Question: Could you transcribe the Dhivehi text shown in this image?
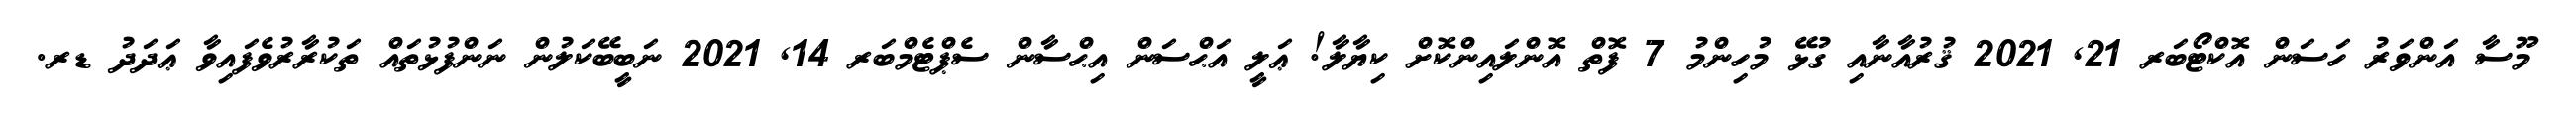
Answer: މޫސާ އަންވަރު ހަސަން އޮކްޓޯބަރ 21, 2021 ޤުރުއާނާއި ގުޅޭ މުހިންމު 7 ފޮތް އޮންލައިންކޮށް ކިޔާލާ! ޢަލީ އަޙްސަން އިޙްސާން ސެޕްޓެމްބަރ 14, 2021 ނަބީބޭކަލުން ނަންފުޅުތައް ތަކުރާރުވެފައިވާ ޢަދަދު ޑރ.